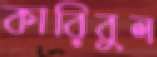
কারিবুল